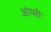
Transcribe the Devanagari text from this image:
आंग्सी